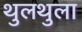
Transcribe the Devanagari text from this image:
थुलथुला